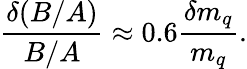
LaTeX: \frac{\delta(B/A)}{B/A}\approx 0.6\frac{\delta m_{q}}{m_{q}}.